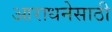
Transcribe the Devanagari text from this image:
आराधनेसाठी